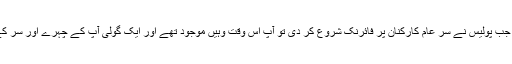
آخری وقت میں جب پولیس نے سر عام کارکنان پر فائرنک شروع کر دی تو آپ اس وقت وہیں موجود تھے اور ایک گولی آپ کے چہرے اور سر کے آر پار ہوگئی۔